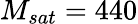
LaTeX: M_{sat}=440